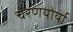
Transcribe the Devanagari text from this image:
चरणयोर्या